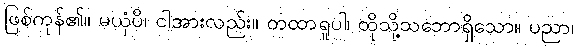
ဖြစ်ကုန်၏။ မယှံပိ၊ ငါအားလည်း။ တထာရူပါ၊ ထိုသို့သဘောရှိသော။ ပညာ၊